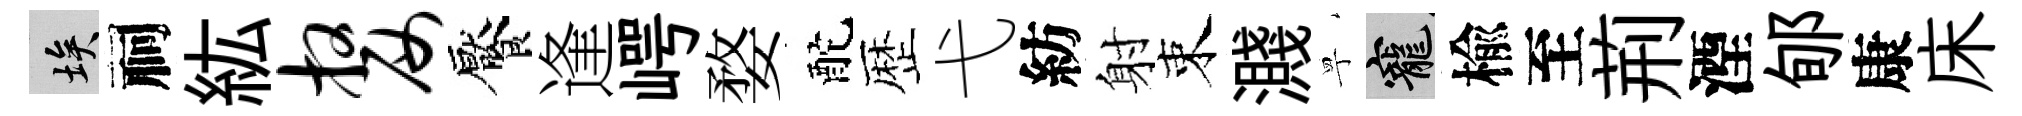
埃祠紘嫠饜逢崿婺酡歴弋紡射束濺寧寵楡至荊湮郇康床